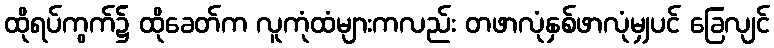
ထိုရပ်ကွက်၌ ထိုခေတ်က လူကုံထံများကလည်း တဖာလုံနှစ်ဖာလုံမျှပင် ခြေလျင်